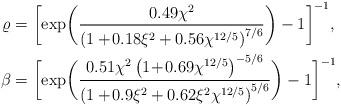
LaTeX: \begin{align*}\varrho&=\bigg[\mathrm{exp}\bigg( \frac{0.49\chi^2}{\left(1+\!0.18\xi^2+0.56\chi^{12/5}\right)^{7/6}}\bigg)-1\bigg]^{-1},\\\beta&=\bigg[\mathrm{exp}\bigg( \frac{0.51\chi^2\left(1\!+\!0.69\chi^{12/5}\right)^{-5/6}}{\left(1+\!0.9\xi^2+0.62\xi^2\chi^{12/5}\right)^{5/6}}\bigg)-1\bigg]^{-1},\end{align*}